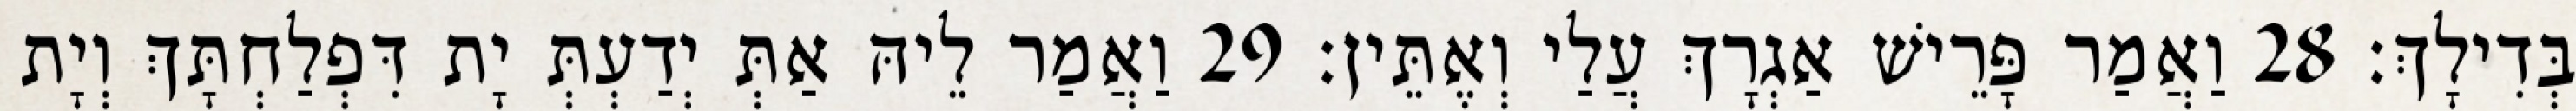
בְּדִילָךְ׃ 28 וַאֲמַר פָּרֵישׁ אַגְרָךְ עֲלַי וְאֶתֵּין׃ 29 וַאֲמַר לֵיהּ אַתְּ יְדַעְתְּ יָת דִּפְלַחְתָּךְ וְיָת